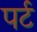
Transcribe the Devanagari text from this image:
पर्ट